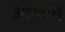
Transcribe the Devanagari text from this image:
आरलेंग